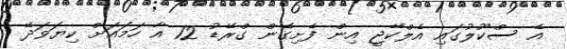
އެ ސްކޫލުގައި އެލްކޭޖީ އިން ފެށިގެން ގްރޭޑު 12 އާ ހަމައަށް ކިޔަވަދޭ